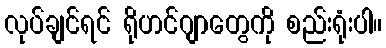
လုပ်ချင်ရင် ရိုဟင်ဂျာတွေကို စည်းရုံးပါ။